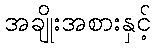
အချိုးအစားနှင့်